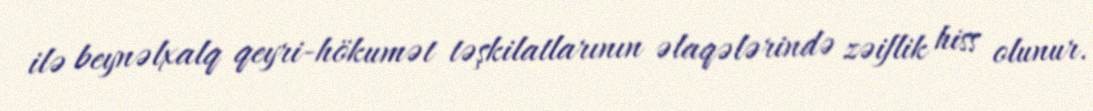
ilə beynəlxalq qeyri-hökumət təşkilatlarının əlaqələrində zəiflik hiss olunur.